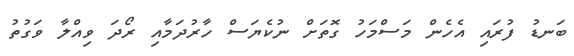
ބަނޑު ފުރައި އެހެން މަސްމަހު ގޮތަށް ނުކެޔަސް ހާރުދަމާއި ރޯދަ ވިއްލާ ވަގުތު